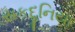
સકદૂનિયા